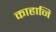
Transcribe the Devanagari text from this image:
काहानि